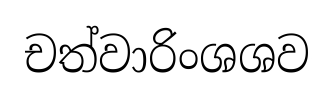
චත්වාරිංශශව